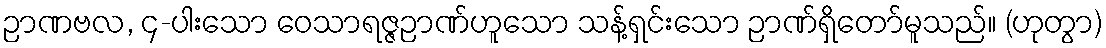
ဉာဏဗလ, ၄-ပါးသော ဝေသာရဇ္ဇဉာဏ်ဟူသော သန့်ရှင်းသော ဉာဏ်ရှိတော်မူသည်။ (ဟုတွာ)